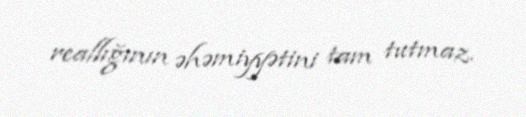
reallığının əhəmiyyətini tam tutmaz.